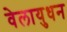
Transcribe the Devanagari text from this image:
वेलायुधन